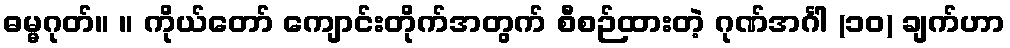
ဓမ္မဂုတ်။ ။ ကိုယ်တော် ကျောင်းတိုက်အတွက် စီစဉ်ထားတဲ့ ဂုဏ်အင်္ဂါ (၁၀) ချက်ဟာ